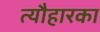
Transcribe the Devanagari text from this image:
त्यौहारका